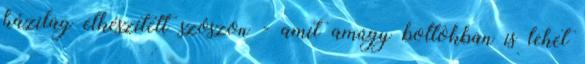
házilag elkészített szószon - amit amúgy boltokban is lehet